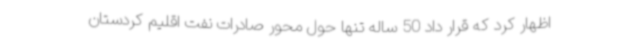
اظهار کرد که قرار داد 50 ساله تنها حول محور صادرات نفت اقلیم کردستان